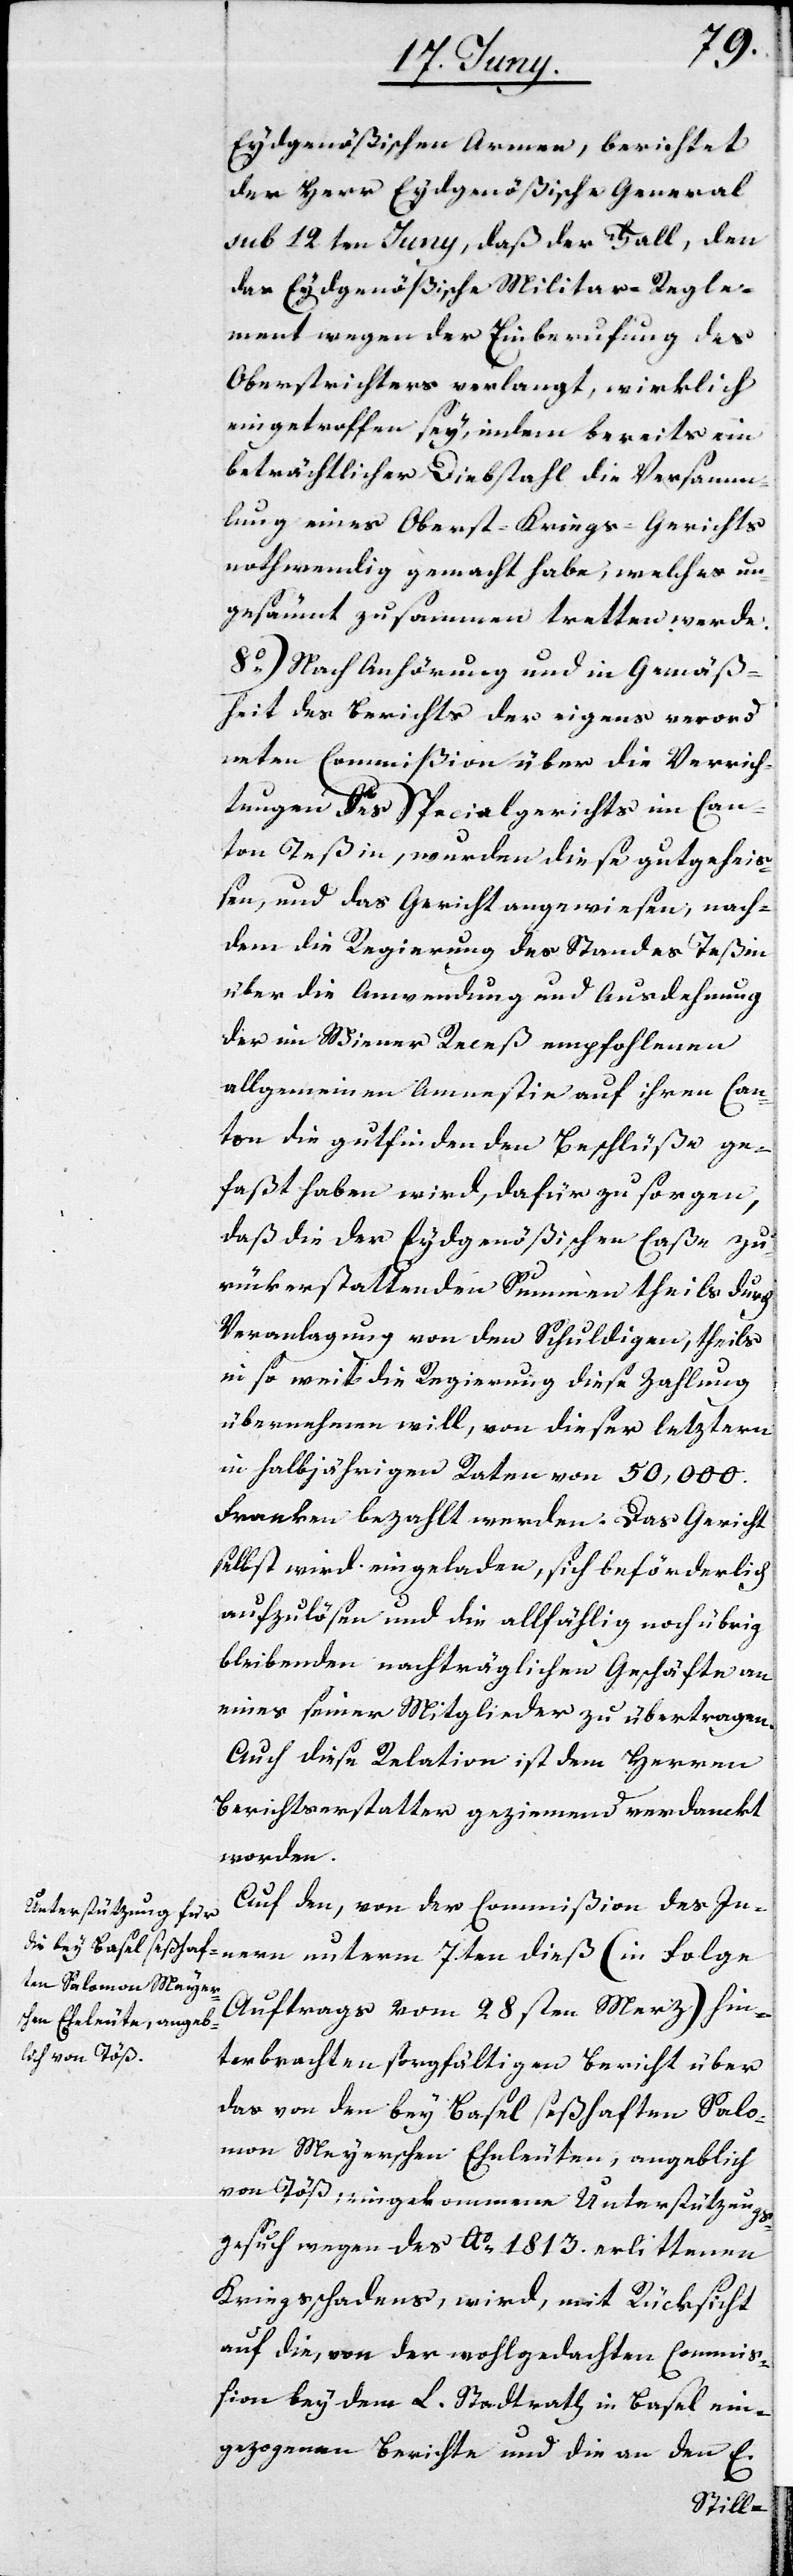
Eydsgenößischen Armee, berichtet
der Herr Eydgenößische General
sub 12ten Juny, daß der Fall, den
das Eydgenößische Militar-Regle¬
ment wegen der Einberufung des
Oberstrichters verlangt, wirklich
eingetroffen sey, indem bereits ein
beträchtlicher Diebstahl die Versamm¬
lung eines Oberst-Kriegs-Gerichts
nothwendig gemacht habe, welches un¬
gesäumt zusammen tretten werde.
8o) Nach Anhörung und in Gemäß¬
heit des Berichts der eigens verord¬
neten Commißion über die Verrich¬
tungen des Specialgerichts im Can¬
ton Teßin, wurden diese gutgeheiß¬
en, und das Gericht angewiesen, nach¬
dem die Regierung des Standes Teßin
über die Anwendung und Ausdehnung
der im Wiener Receß empfohlenen
allgemeinen Amnestie auf ihren Can¬
ton die gutfindenden Beschlüße ge¬
faßt haben wird, dafür zu sorgen,
daß die der Eydgenößischen Caße zu¬
rückerstattenden Summen theils durch
Veranlagung von den Schuldigen, theils
in so weit die Regierung diese Zahlung
übernehmen will, von dieser letztern
in halbjährigen Raten von 50,000.
Franken bezahlt werden. Das Gericht
selbst wird eingeladen, sich beförderlich
aufzulösen und die allfählig noch übrig
bleibenden nachträglichen Geschäfte an
eines seiner Mitglieder zu übertragen.
Auch diese Relation ist dem Herren
Berichterstatter geziemend verdanckt
worden.
Auf den, von der Commißion des Innern
Auftrags vom 28sten Merz) hin¬
terbrachten sorgfältigen Bericht über
das von den bey Basel seßhaften Salo¬
mon Meyerschen Eheleuten, angeblich
von Töß, eingekommene Unterstützungs¬
gesuch wegen des Ao 1813. erlittenen
Kriegsschadens, wird, mit Rücksicht
auf die, von der wohlgedachten Commiß¬
ion bey dem L. Stadtrath in Basel ein¬
gezogenen Berichte und die an den E.